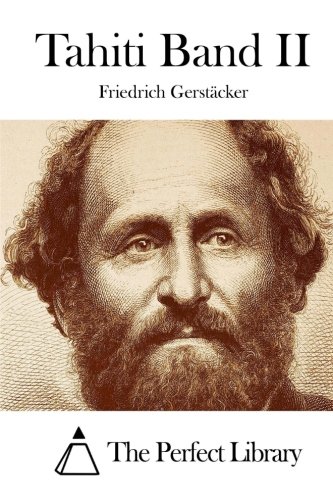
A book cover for Tahiti Band II (German Edition); Friedrich GerstÃ¤cker; Travel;